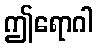
ဤရောဂါ